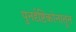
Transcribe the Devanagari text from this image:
पुनर्दृष्टिकोनातून